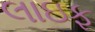
લાઇફ